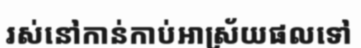
រស់នៅកាន់កាប់អាស្រ័យផលទៅ